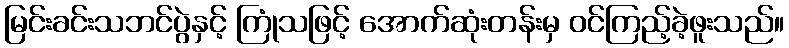
မြင်းခင်းသဘင်ပွဲနှင့် ကြုံသဖြင့် အောက်ဆုံးတန်းမှ ဝင်ကြည့်ခဲ့ဖူးသည်။